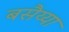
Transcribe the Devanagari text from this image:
बसैय्या